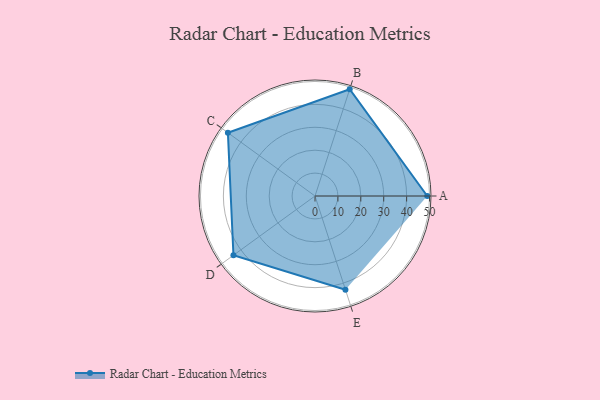
{"axis": {"x": "Skill", "y": "Score"}, "legend": ["Profile"], "data": [{"x": "A", "y": 49.0, "type": "Profile"}, {"x": "B", "y": 49.0, "type": "Profile"}, {"x": "C", "y": 47.0, "type": "Profile"}, {"x": "D", "y": 44.0, "type": "Profile"}, {"x": "E", "y": 43.0, "type": "Profile"}]}